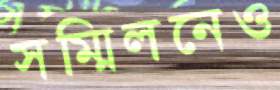
সম্মিলনেও